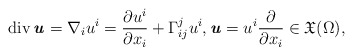
\begin{align*} \operatorname{div} \textbf{\textit{u}} = \nabla_i u^i = \frac{\partial u^i}{\partial x_i} + \Gamma^j_{ij} u^i,\textbf{\textit{u}}=u^i \frac{\partial}{\partial x_i}\in \mathfrak{X} (\Omega),\end{align*}